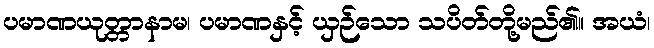
ပမာဏယုတ္တာနာမ၊ ပမာဏနှင့် ယှဉ်သော သပိတ်တို့မည်၏။ အယံ၊